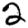
Digit: 2